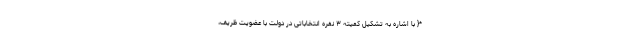
*{ با اشاره به تشکیل کمیته ۳ نفره انتخاباتی در دولت با عضویت ظریف،